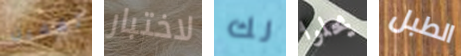
تقفين لاختبار لك يحلوا الطبل